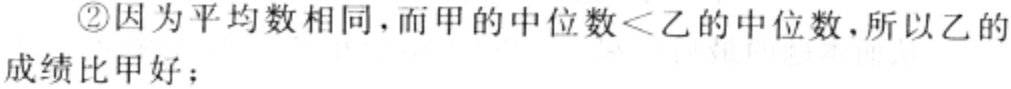
\textcircled{2}因为平均数相同，而甲的中位数\(<\)乙的中位数，所以乙的成绩比甲好；